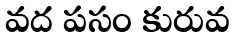
వద పసం కురువ